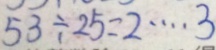
5 3 \div 2 5 = 2 \cdots 3